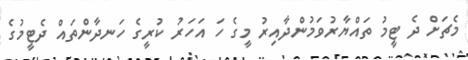
މެޗަށް ދެ ޓީމު ތައްޔާރުވަމުންދާއިރު މީގެ ހަ އަހަރު ކުރީގެ ހަނދާންތައް ދެޓީމުގެ